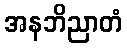
အနဘိညာတံ